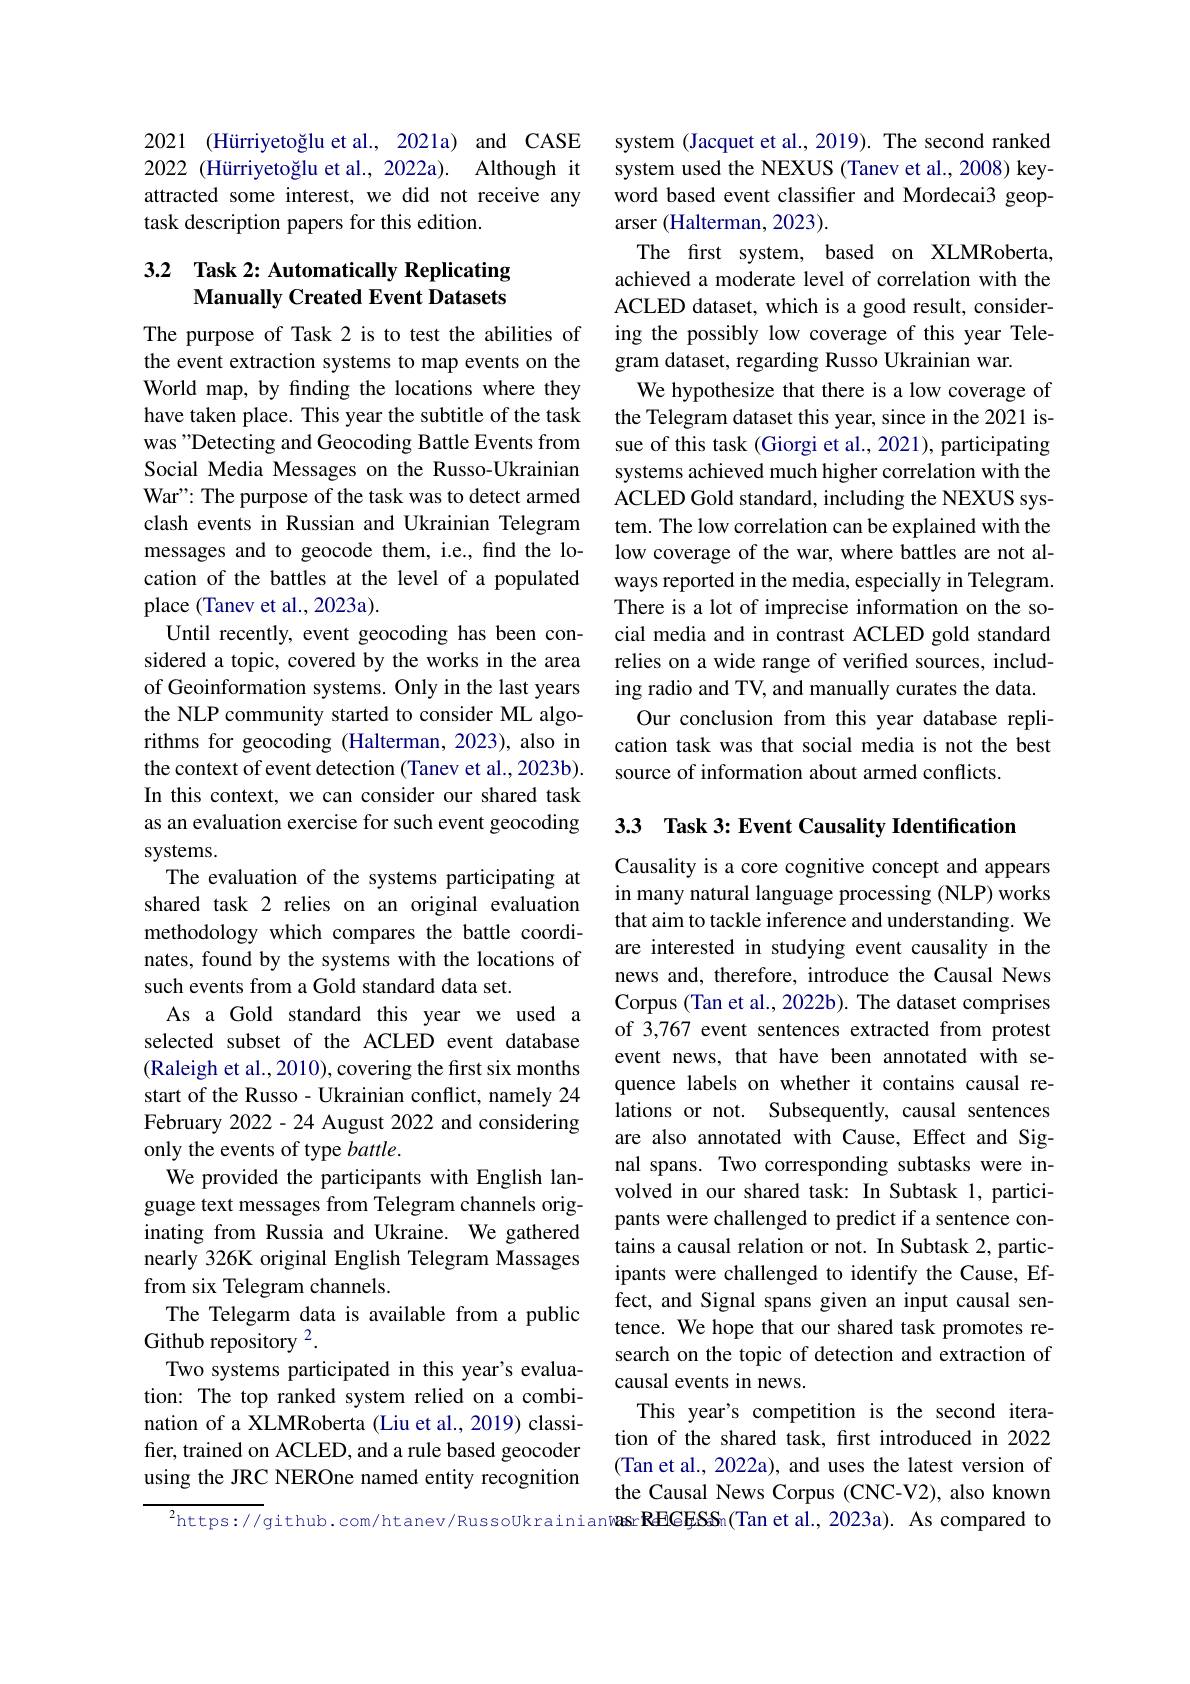
2021 (Hürriyetoğlu et al., 202la) and CASE 2022 (Hürriyetoğlu et al., 2022a). Although it attracted some interest, we did not receive any task description papers for this edition.

## 3.2 Task 2: Automatically Replicating Manually Created Event Datasets

The purpose of Task 2 is to test the abilities of the event extraction systems to map events on the World map, by finding the locations where they have taken place. This year the subtitle of the task was "Detecting and Geocoding Battle Events from Social Media Messages on the Russo-Ukrainian War": The purpose of the task was to detect armed clash events in Russian and Ukrainian Telegram messages and to geocode them, i.e., find the location of the battles at the level of a populated place (Tanev et al., 2023a).
Until recently, event geocoding has been considered a topic, covered by the works in the area of Geoinformation systems. Only in the last years the NLP community started to consider ML algorithms for geocoding (Halterman, 2023), also in the context of event detection (Tanev et al., 2023b). In this context, we can consider our shared task as an evaluation exercise for such event geocoding systems.
The evaluation of the systems participating at shared task 2 relies on an original evaluation methodology which compares the battle coordinates, found by the systems with the locations of such events from a Gold standard data set.
As a Gold standard this year we used a selected subset of the ACLED event database (Raleigh et al., 2010), covering the first six months start of the Russo - Ukrainian conflict, namely 24 February 2022- 24 August 2022 and considering only the events of type battle.
We provided the participants with English language text messages from Telegram channels originating from Russia and Ukraine. We gathered nearly 326K original English Telegram Massages from six Telegram channels.
The Telegarm data is available from a public
Github repository 2.
Two systems participated in this year's evaluation: The top ranked system relied on a combination of a XLMRoberta (Liu et al., 2019) classifier, trained on ACLED, and a rule based geocoder using the JRC NEROne named entity recognition
$^{2}$https://github.com/htanev/RussoUkrainianwasrREGESSn(Tan et al., 2023a). As compared to

system (Jacquet et al., 2019). The second ranked system used the NEXUS (Tanev et al., 2008) keyword based event classifier and Mordecai3 geoparser (Halterman, 2023).
The first system, based on XLMRoberta, achieved a moderate level of correlation with the ACLED dataset, which is a good result, considering the possibly low coverage of this year Telegram dataset, regarding Russo Ukrainian war.
We hypothesize that there is a low coverage of the Telegram dataset this year, since in the 2021 issue of this task (Giorgi et al., 2021), participating systems achieved much higher correlation with the ACLED Gold standard, including the NEXUS system. The low correlation can be explained with the low coverage of the war, where battles are not always reported in the media, especially in Telegram. There is a lot of imprecise information on the social media and in contrast ACLED gold standard relies on a wide range of verified sources, including radio and TV, and manually curates the data. Our conclusion from this year database replication task was that social media is not the best source of information about armed conflicts.

3.3 Task 3: Event Causality Identification
Causality is a core cognitive concept and appears in many natural language processing (NLP) works that aim to tackle inference and understanding. We are interested in studying event causality in the news and, therefore, introduce the Causal News Corpus (Tan et al., 2022b). The dataset comprises of 3,767 event sentences extracted from protest event news, that have been annotated with sequence labels on whether it contains causal relations or not. Subsequently, causal sentences are also annotated with Cause, Effect and Signal spans. Two corresponding subtasks were involved in our shared task: In Subtask 1, participants were challenged to predict if a sentence contains a causal relation or not. In Subtask 2, participants were challenged to identify the Cause, Effect, and Signal spans given an input causal sentence. We hope that our shared task promotes research on the topic of detection and extraction of causal events in news.
This year's competition is the second iteration of the shared task, frst introduced in 2022 (Tan et al., 2022a), and uses the latest version of the Causal News Corpus (CNC-V2), also known